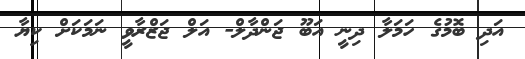
އަދި ބޮމުގެ ހަމަލާ ދިނީ އަބޫ ޖަންދާލް- އަލް ޖަޒްރާވީ ނަމަަކަށް ކިޔާ